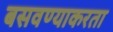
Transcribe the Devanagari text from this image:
बसवण्याकरता